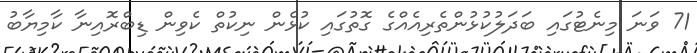
71 ވަނަ މިނެޓުގައި ބަދަލުކުޅުންތެރިއެއްގެ ގޮތުގައި ކުޅެން ނިކުތް ކެވިން ޑިބްރޮއިނާ ކާމިޔާބު